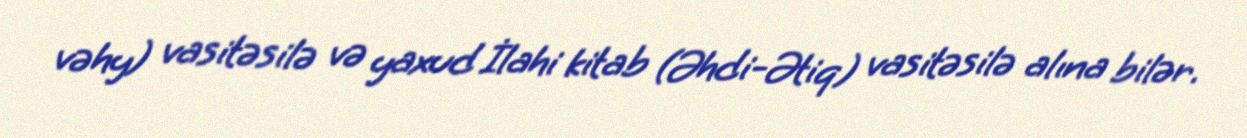
vəhy) vasitəsilə və yaxud İlahi kitab (Əhdi-Ətiq) vasitəsilə alına bilər.